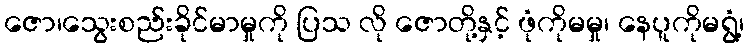
ဇော၊သွေးစည်းခိုင်မာမှုကို ပြသ လို ဇောတို့နှင့် ဖုံကိုမမှု၊ နေပူကိုမရွံ့၊